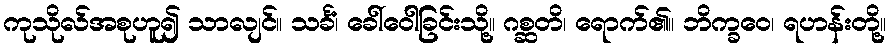
ကုသိုလ်အစုဟူ၍ သာလျင်။ သင်္ခံ၊ ခေါ်ဝေါခြင်းသို့။ ဂစ္ဆတိ၊ ရောက်၏။ ဘိက္ခဝေ၊ ရဟန်းတို့။